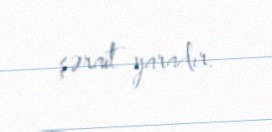
şərait yaradır.